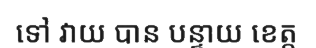
ទៅ វាយ បាន បន្ទាយ ខេត្ត